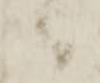
被